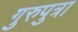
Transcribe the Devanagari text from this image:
गुरुपुत्रा